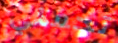
تحملي